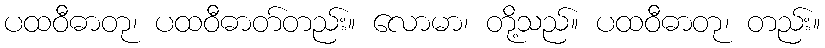
ပထဝီဓာတု၊ ပထဝီဓာတ်တည်း။ လောမာ၊ တို့သည်။ ပထဝီဓာတု၊ တည်း။